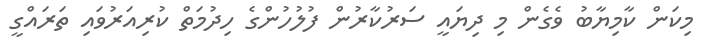
މިކަން ކާމިޔާބު ވެގެން މި ދިޔައީ ސަރުކާރުން ފުލުހުންގެ ހިދުމަތް ކުރިއަރުވައި ތަރައްގީ